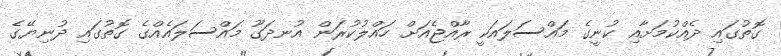
ގޮތުގައި ދެއްކުމަށާއި ކުނީގެ މައްސަލައަކީ ރާއްޖެއަށް ހައްލުކުރަން އުނދަގޫ މައްސަލައެއްގެ ގޮތުގައި ދުނިޔޭގެ